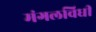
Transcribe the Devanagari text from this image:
मंगलविधी